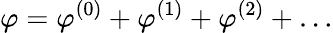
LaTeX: \varphi=\varphi^{(0)}+\varphi^{(1)}+\varphi^{(2)}+\ldots